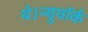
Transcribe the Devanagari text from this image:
थे।न्यूयॉर्क